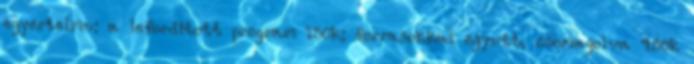
egyertelmu: a leforditott program 150k; forrasokkal egyutt, csomagolva 450k